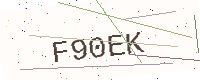
Text: F90EK